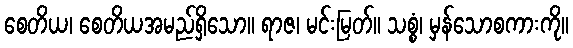
စေတိယ၊ စေတိယအမည်ရှိသော။ ရာဇ၊ မင်းမြတ်။ သစ္စံ၊ မှန်သောစကားကို။